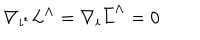
\nabla _ { i ^ { * } } L ^ { \Lambda } = \nabla _ { i } \bar { L } ^ { \Lambda } = 0